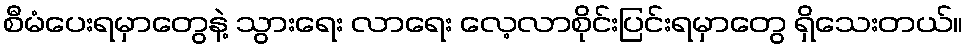
စီမံပေးရမှာတွေနဲ့ သွားရေး လာရေး လေ့လာစိုင်းပြင်းရမှာတွေ ရှိသေးတယ်။